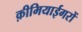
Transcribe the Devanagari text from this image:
क़ीमियाईगरों